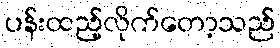
ပန်းထည့်လိုက်တော့သည်